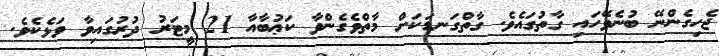
ޖެހިގެންނޭ ބުނެވޭހައި ގާތުގައެވެ. ގާތްގަނޑަކަށް މާތްވެގެންވާ ކަޢުބާއާ 21 މީޓަރު ދުރުގައިވާ ވަޅެކެވެ.